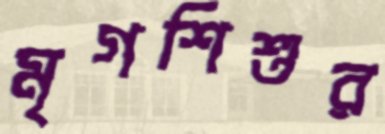
মৃগশিশুর